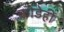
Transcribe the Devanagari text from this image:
कोडेही